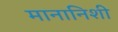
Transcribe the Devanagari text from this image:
मानानिशी